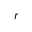
r